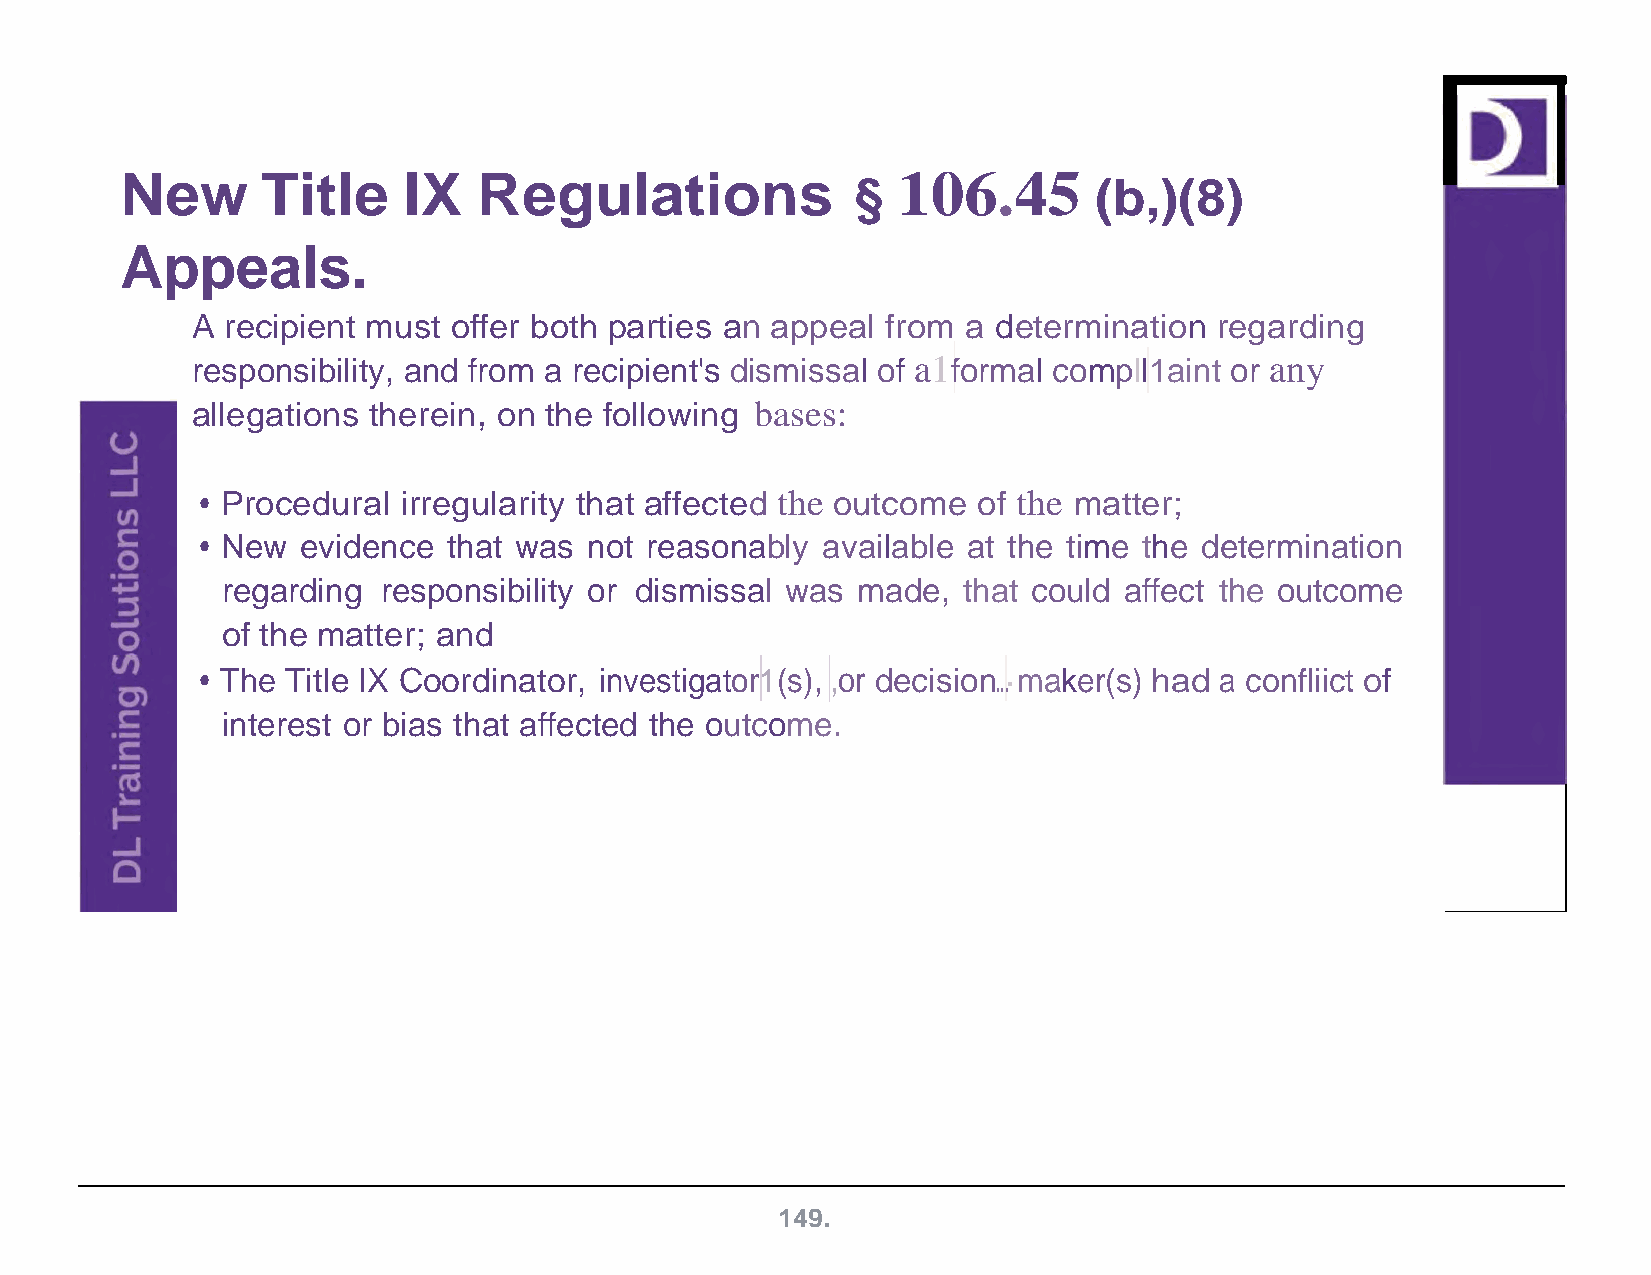
New      Title     IX   Regulations              § 106.45       (b,)(8)
 Appeals.
 A recipient must offer both parties an appeal from a determination  regarding
 responsibility, and from a recipient's dismissal of a1formal compll1aint or any
 allegations therein, on the following bases:
 • Procedural  irregularity that affected the outcome of the matter;
 • New  evidence  that was not reasonably available at the time the determination
 regarding responsibility or dismissal was made,  that could affect the outcome
 of the matter; and
 • The Title IX Coordinator, investigator1(s), ,or decision...·maker(s) had a confliict of
 interest or bias that affected the outcome.
 149.